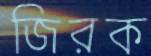
জিরক